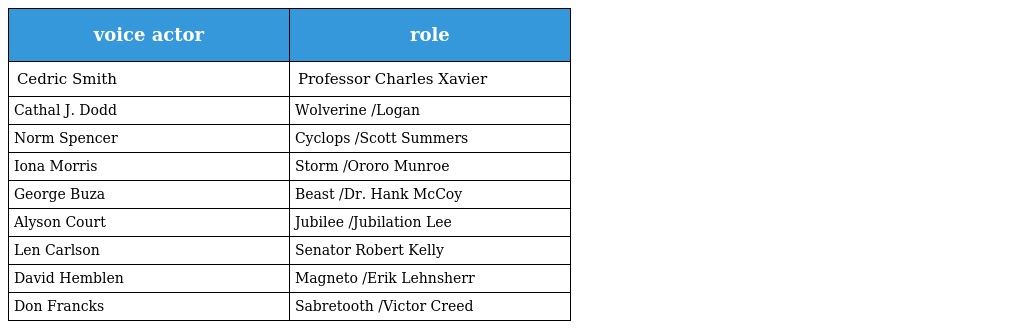
| voice actor | role |
 | --- | --- |
 | Cedric Smith | Professor Charles Xavier |
 | Cathal J. Dodd | Wolverine /Logan |
 | Norm Spencer | Cyclops /Scott Summers |
 | Iona Morris | Storm /Ororo Munroe |
 | George Buza | Beast /Dr. Hank McCoy |
 | Alyson Court | Jubilee /Jubilation Lee |
 | Len Carlson | Senator Robert Kelly |
 | David Hemblen | Magneto /Erik Lehnsherr |
 | Don Francks | Sabretooth /Victor Creed |